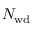
N _ { \mathrm { w d } }